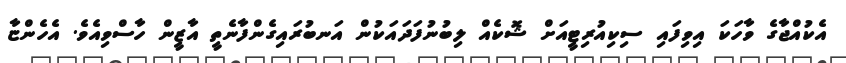
އެކުއްޖާގެ ވާހަކަ އިވިފައި ސިކިއުރިޓީއަށް ޝޮކެއް ލިބުނުފަދައަކުން އަނބުރައިގެންފާނެތީ އާޒީން ހާސްވިއެވެ. އެހެންޏާ